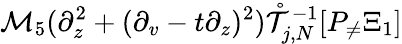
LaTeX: \mathcal{M}_{5}(\partial_{z}^{2}+(\partial_{v}-t\partial_{z})^{2})\mathring{\mathcal{T}}_{j,N}^{-1}[P_{\neq}\Xi_{1}]